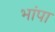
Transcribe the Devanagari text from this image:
भांपा